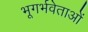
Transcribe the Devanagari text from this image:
भूगर्भवेताओं